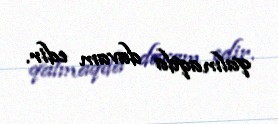
qalmaqda davam edir.